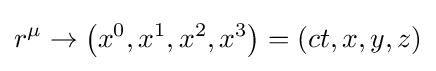
r^{\mu }\rightarrow \left(x^{0},x^{1},x^{2},x^{3}\right)=(ct,x,y,z)